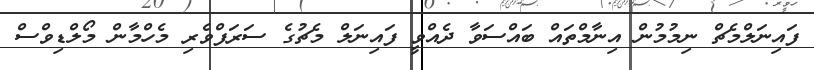
ފައިނަލްމެޗް ނިމުމުން އިނާމްތައް ބައްސަވާ ދެއްވީ ފައިނަލް މެޗުގެ ސަރަފްވެރި މެހްމާން މޯލްޑިވްސް